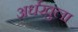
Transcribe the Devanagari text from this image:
अर्धखुला